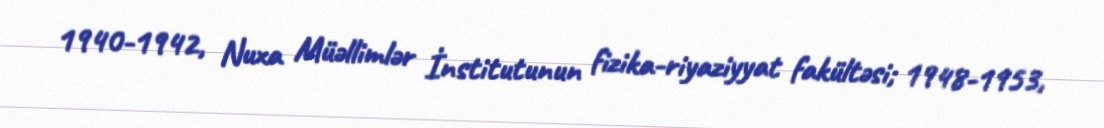
1940-1942, Nuxa Müəllimlər İnstitutunun fizika-riyaziyyat fakültəsi; 1948-1953,